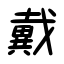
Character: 戴